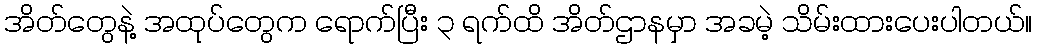
အိတ်တွေနဲ့ အထုပ်တွေက ရောက်ပြီး ၃ ရက်ထိ အိတ်ဌာနမှာ အခမဲ့ သိမ်းထားပေးပါတယ်။